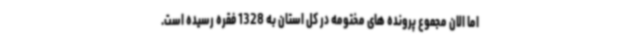
اما الان مجموع پرونده های مختومه در کل استان به 1328 فقره رسیده است.